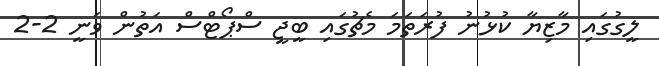
ލީގުގައި މާޒިޔާ ކުޅުނު ފުރަތަމަ މެޗުގައި ބީޖީ ސްޕޯޓްސް އަތުން ވަނީ 2-2